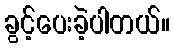
ခွင့်ပေးခဲ့ပါတယ်။